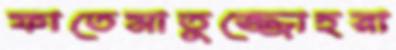
ফাতেমাতুজ্জোহরা